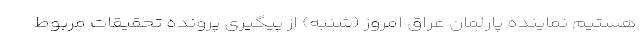
هستیم نماینده پارلمان عراق امروز (شنبه) از پیگیری پرونده تحقیقات مربوط